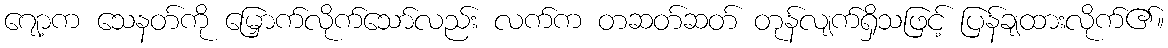
ဂျော့က သေနတ်ကို မြှောက်လိုက်သော်လည်း လက်က တဆတ်ဆတ် တုန်လျက်ရှိသဖြင့် ပြန်ချထားလိုက်၏။